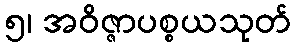
၅၊ အဝိဇ္ဇာပစ္စယသုတ်